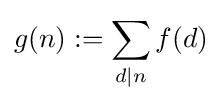
g(n):=\sum _{d\mid n}f(d)